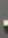
-